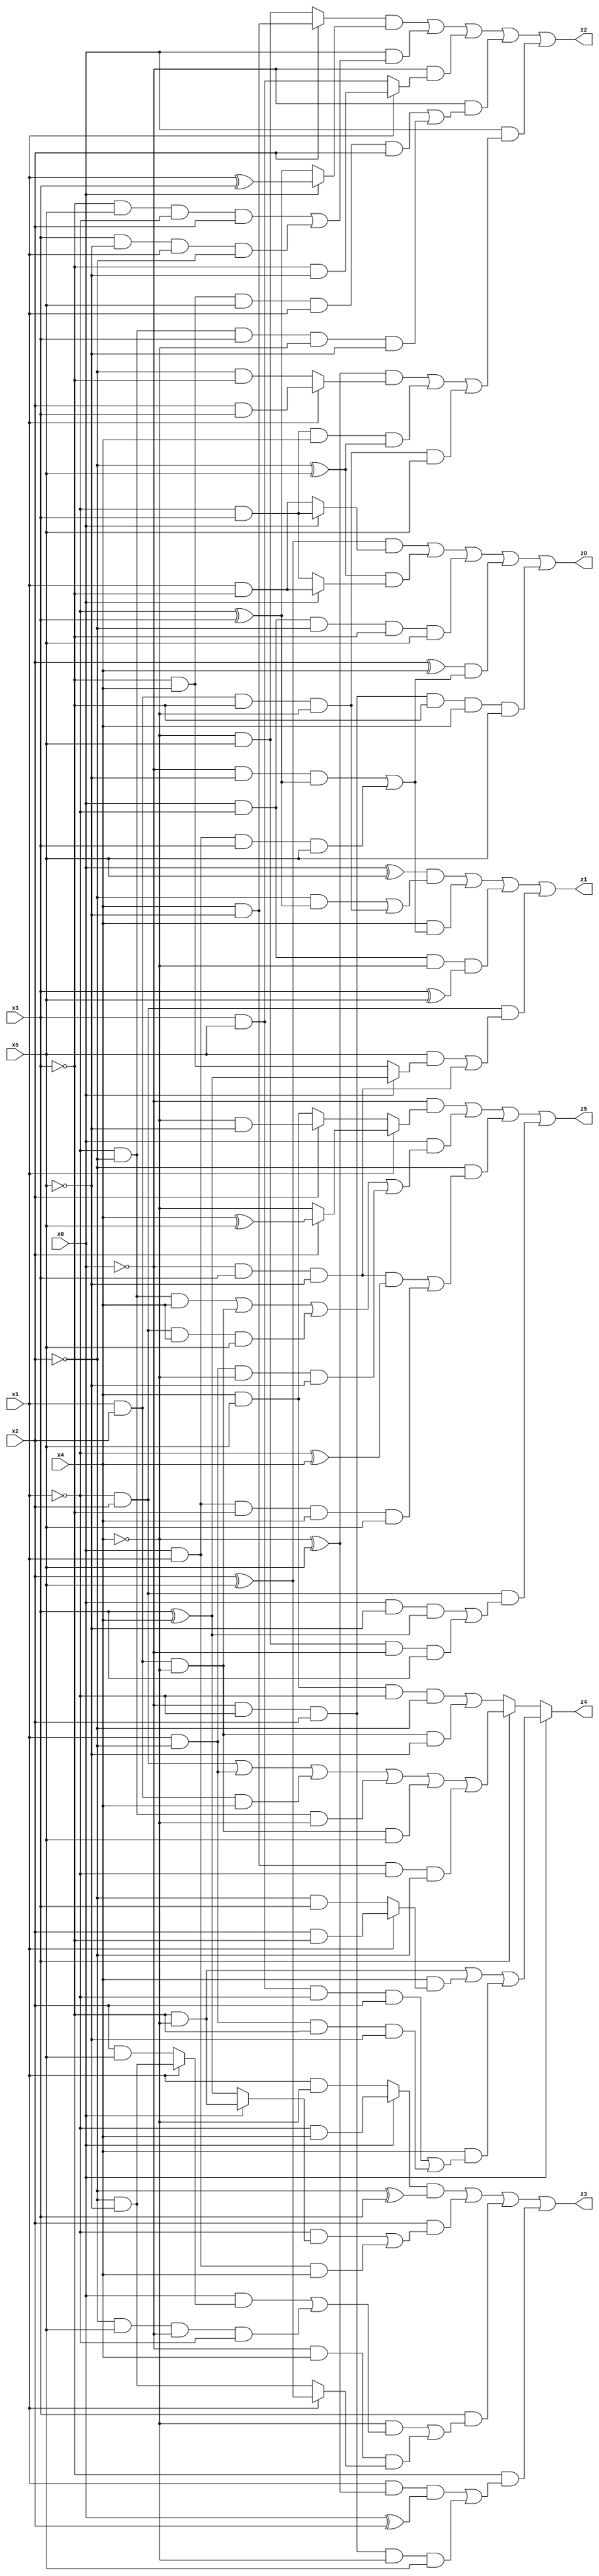
// Benchmark "X_39" written by ABC on Wed Jun 07 23:38:12 2023

module X_39 ( 
    x0, x1, x2, x3, x4, x5,
    z0, z1, z2, z3, z4, z5  );
  input  x0, x1, x2, x3, x4, x5;
  output z0, z1, z2, z3, z4, z5;
  assign z0 = ((x2 ^ x5) & (x0 ? (~x1 & x3) : (x1 & ~x3))) | ((~x2 ^ x5) & (x0 ? (x1 & ~x3) : (~x1 & x3))) | (x0 & ~x1 & ~x2 & ~x3 & x5) | ((x2 ^ x4) & ((~x0 & ~x5 & (~x1 ^ x3)) | (x0 & x1 & x3 & x5))) | (~x0 & ~x1 & x2 & ~x3 & x4 & x5);
  assign z1 = ((x0 ^ x5) & ((~x2 & (~x1 ^ x3)) | (x1 & x2 & ~x3 & ~x4))) | (x4 & ((~x0 & ~x5 & (~x1 ^ x3)) | (x0 & x1 & x3 & x5))) | (x0 & ~x1 & ~x4 & (x3 ^ x5)) | (~x1 & x2 & ((x5 & (x0 ? (x3 ^ x4) : (~x3 & x4))) | (~x0 & x3 & ~x5)));
  assign z2 = ((x2 ? (x4 & ~x5) : (~x4 & x5)) & (x0 ? (x1 ^ x3) : (~x1 ^ x3))) | (x0 & ((~x3 & x5 & ~x1 & x2) | (x3 & ~x5 & x1 & ~x2))) | (~x0 & (x1 ? (~x3 & ~x5) : (x3 & x5))) | (~x0 & ((~x3 & x4 & x5 & x1 & x2) | (~x1 & ~x2 & x3 & ~x4 & ~x5))) | (x0 & (((~x4 ^ x5) & (x1 ? (x2 & x3) : (~x2 & ~x3))) | (~x1 & x3 & x4 & (~x2 ^ x5)) | (x1 & x2 & ~x3 & ~x4 & x5)));
  assign z3 = ((x0 ? (~x1 & x4) : (x1 & ~x4)) & (~x2 ^ x3)) | (x2 & ((~x1 & (x0 ? (~x3 & ~x4) : (x3 ^ x4))) | (x0 & x1 & x4))) | (x3 & ((~x4 & ((x0 & (x1 ? (~x2 & ~x5) : (x2 & x5))) | (~x2 & x5 & ~x0 & ~x1))) | (~x0 & x4 & (x1 ? (x2 ^ x5) : (~x2 & ~x5))))) | (~x3 & ((x1 & (~x4 ^ x5) & (x0 ^ x2)) | (~x0 & ~x1 & x2 & ~x4 & x5)));
  assign z4 = x0 ? ((~x3 & ~x4) | (x4 & (x1 ? (x2 & ~x3) : (~x2 & x3))) | (x4 & ((x3 & x5 & ~x1 & x2) | (x1 & ~x2 & ~x3 & ~x5)))) : (x3 ? ((~x1 & x2) | (x1 & ~x2) | (x1 & x2 & x4) | (~x1 & ~x2 & ~x4) | (x1 & x2 & ~x4 & x5) | (x4 & ~x5 & ~x1 & ~x2)) : ((x4 & x5 & ~x1 & ~x2) | (x1 & x2 & ~x4 & ~x5)));
  assign z5 = (~x0 & (x1 ? (x2 ? (x4 ^ x5) : ~x4) : (x2 ? (~x4 & ~x5) : (x4 & x5)))) | (x0 & ((~x1 & ~x2 & x4) | (x1 & x2 & ~x4) | (~x1 & x2 & x4 & x5) | (x1 & ~x2 & ~x4 & ~x5))) | (~x2 & ((~x0 & x3 & ~x5 & (~x1 ^ x4)) | (x0 & x1 & ~x3 & x4 & x5))) | (~x1 & x2 & ((x0 & ~x5 & (x3 ^ x4)) | (~x4 & x5 & ~x0 & x3)));
endmodule